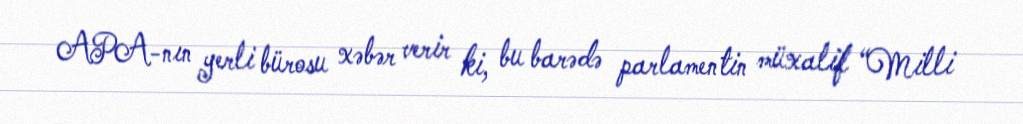
APA-nın yerli bürosu xəbər verir ki, bu barədə parlamentin müxalif “Milli